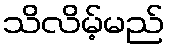
သိလိမ့်မည်